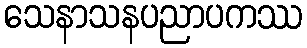
သေနာသနပညာပကဿ